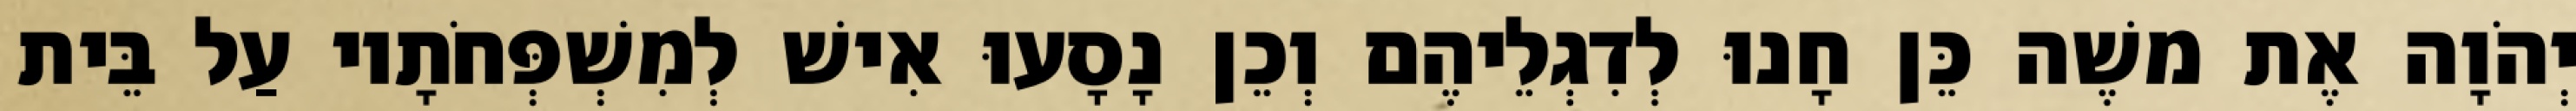
יְהֹוָה אֶת משֶׁה כֵּן חָנוּ לְדִגְלֵיהֶם וְכֵן נָסָעוּ אִישׁ לְמִשְׁפְּחֹתָיו עַל בֵּית